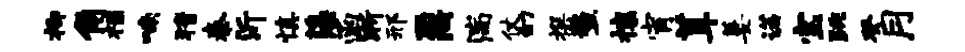
柳角禄喃猜泰沂慎藻函淅邢鼐湍仗幻撰鳌攘宵茸萋诺宝跳癸月